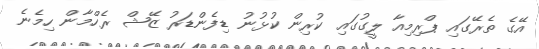
އޭގެ ތެރޭގައި ޕްރިމިއާ ލީގުގައި ކުރިން ކުޅުނު ޑިފެންޑަރު ޒޭޝް ރެހްމާން ހިމެނެ